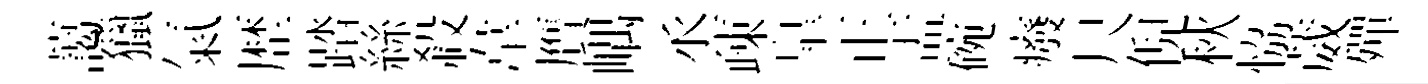
藹獵氣歴踏絲殺韋贋嵎丞疎臯正盂碗癈尺倪秋恊葳殫